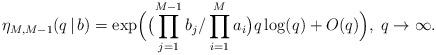
LaTeX: \begin{align*}\eta_{M, M-1}(q\,|\,b) = \exp\Bigl(\bigl(\prod\limits_{j=1}^{M-1} b_j/\prod\limits_{i=1}^M a_i\bigr) q\log(q) +O(q)\Bigr), \;q\rightarrow\infty.\end{align*}